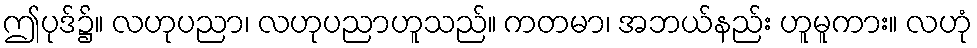
ဤပုဒ်၌။ လဟုပညာ၊ လဟုပညာဟူသည်။ ကတမာ၊ အဘယ်နည်း ဟူမူကား။ လဟုံ